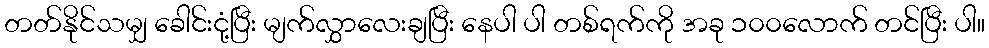
တတ်နိုင်သမျှ ခေါင်းငုံ့ပြီး မျက်လွှာလေးချပြီး နေပါ ပါ တစ်ရက်ကို အခု ၁၀၀လောက် တင်ပြီး ပါ။